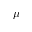
\mu